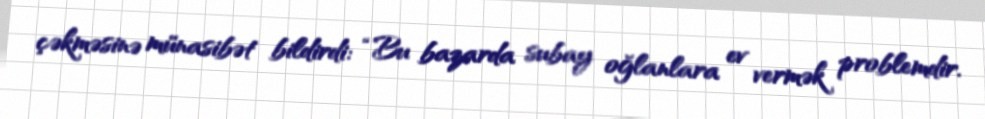
çəkməsinə münasibət bildirdi: “Bu bazarda subay oğlanlara ev vermək problemdir.